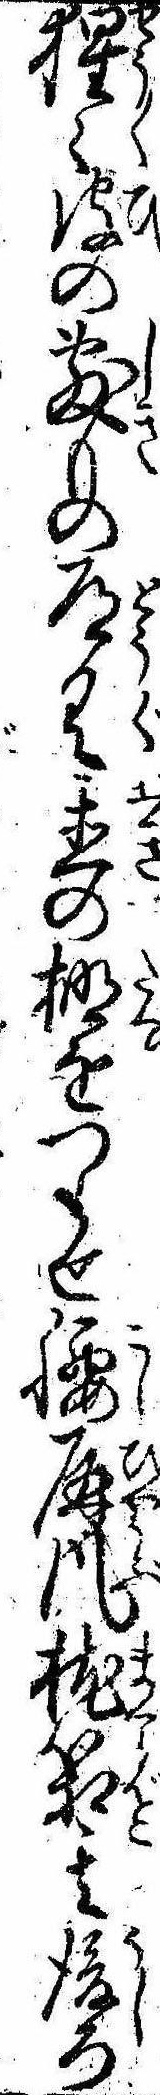
猩皮の敷もの道具置の棚をつらせ腰屏風枕箱其後ろ